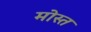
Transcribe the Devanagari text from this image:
मोस्त